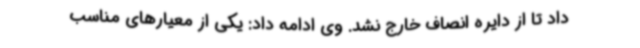
داد تا از دایره انصاف خارج نشد. وی ادامه داد: یکی از معیارهای مناسب